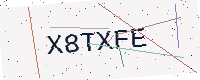
Text: X8TXFE